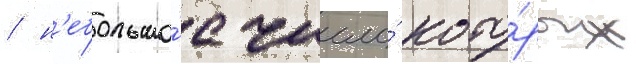
/ н'ебольшо́е число́ кото́рых